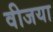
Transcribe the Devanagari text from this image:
वीजया